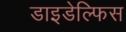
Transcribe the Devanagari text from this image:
डाइडेल्फिस